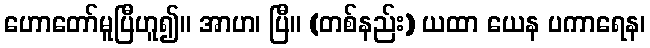
ဟောတော်မူပြီဟူ၍။ အာဟ၊ ပြီ။ (တစ်နည်း) ယထာ ယေန ပကာရေန၊